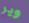
وير